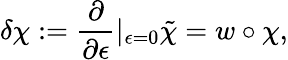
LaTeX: \delta\chi:=\frac{\partial}{\partial\epsilon}|_{\epsilon=0}\tilde{\chi}=w\circ\chi,